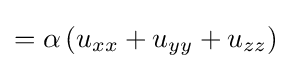
=\alpha \left(u_{xx}+u_{yy}+u_{zz}\right)